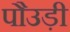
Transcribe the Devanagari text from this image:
पौउड़ी